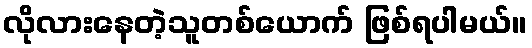
လိုလားနေတဲ့သူတစ်ယောက် ဖြစ်ရပါမယ်။